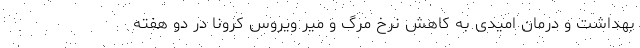
بهداشت و درمان امیدی به کاهش نرخ مرگ و میر ویروس کرونا در دو هفته